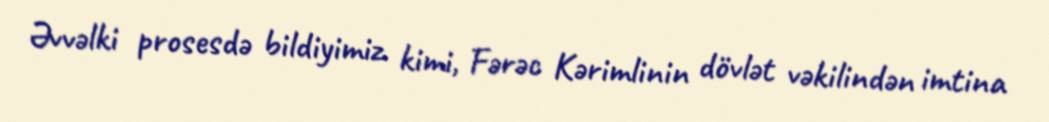
Əvvəlki prosesdə bildiyimiz kimi, Fərəc Kərimlinin dövlət vəkilindən imtina